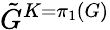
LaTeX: {\tilde{G}}^{K=\pi_{1}(G)}